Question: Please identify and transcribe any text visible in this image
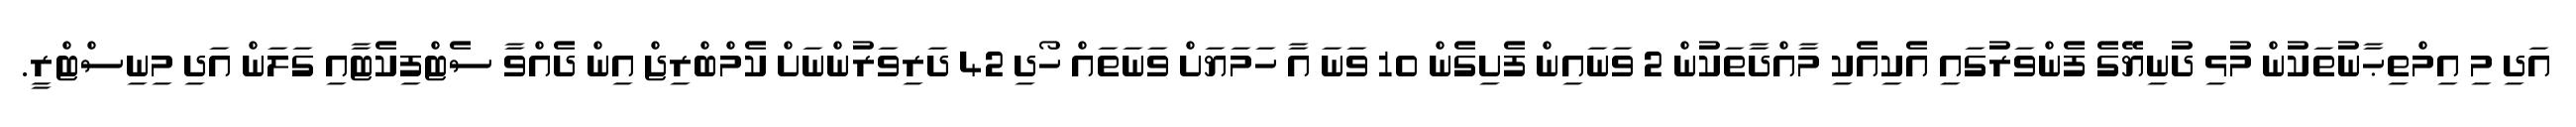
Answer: އަދި މި އިމްތިޙާނުތަކުން މުޅި ދުނިޔޭގެ ފެންވަރުގައި އެކިއެކި މާއްދާތަކުން 2 ވަނައިން ފެށިގެން 10 ވަނަ އާ ހަމަޔަށް ވަނަތައް ހޯދި 42 ދަރިވަރުންނަށް ކެމްބްރިޖް އިން ދެއްވާ ސެޓްފިކެޓާއި ގަލަން އަދި މިނިސްޓްރީ.